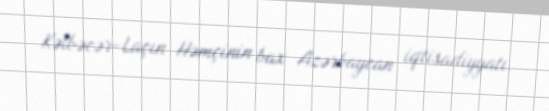
Kəlbəcər-Laçın Həmçinin bax Azərbaycan iqtisadiyyatı.